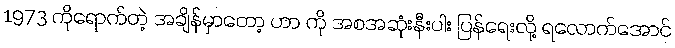
1973 ကိုရောက်တဲ့ အချိန်မှာတော့ ဟာ ကို အစအဆုံးနီးပါး ပြန်ရေးလို့ ရလောက်အောင်